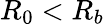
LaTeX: R_{0}<R_{b}